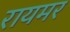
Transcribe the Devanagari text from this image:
रायमर